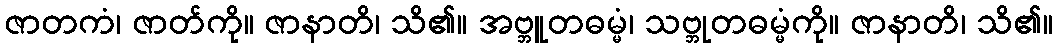
ဇာတကံ၊ ဇာတ်ကို။ ဇာနာတိ၊ သိ၏။ အဗ္ဘူတဓမ္မံ၊ သဗ္ဘုတဓမ္မံကို။ ဇာနာတိ၊ သိ၏။